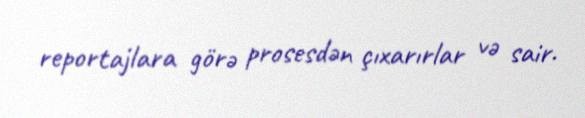
reportajlara görə prosesdən çıxarırlar və sair.